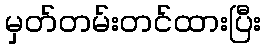
မှတ်တမ်းတင်ထားပြီး